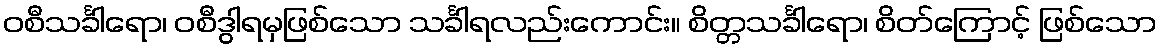
ဝစီသင်္ခါရော၊ ဝစီဒွါရမှဖြစ်သော သင်္ခါရလည်းကောင်း။ စိတ္တသင်္ခါရော၊ စိတ်ကြောင့် ဖြစ်သော